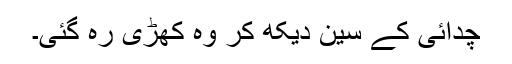
چدائی کے سین دیکھ کر وہ کھڑی رہ گئی۔